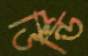
ভিন্ডি